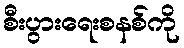
စီးပွားရေးစနစ်ကို